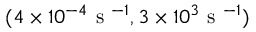
( 4 \times 1 0 ^ { - 4 } \mathrm { ~ s ~ } ^ { - 1 } , 3 \times 1 0 ^ { 3 } \mathrm { ~ s ~ } ^ { - 1 } )